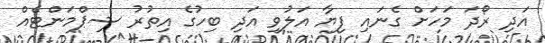
އަދި ރޯދަ މަހަށް ގެނައި ފިޔާ އަލުވި އަދި ބިހުގެ އިތުރު ޝިޕްމަންޓެއް